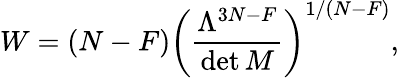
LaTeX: W=(N-F)\left({\frac{\Lambda^{3N-F}}{\operatorname*{det}M}}\right)^{1/(N-F)},